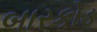
બારકોડ